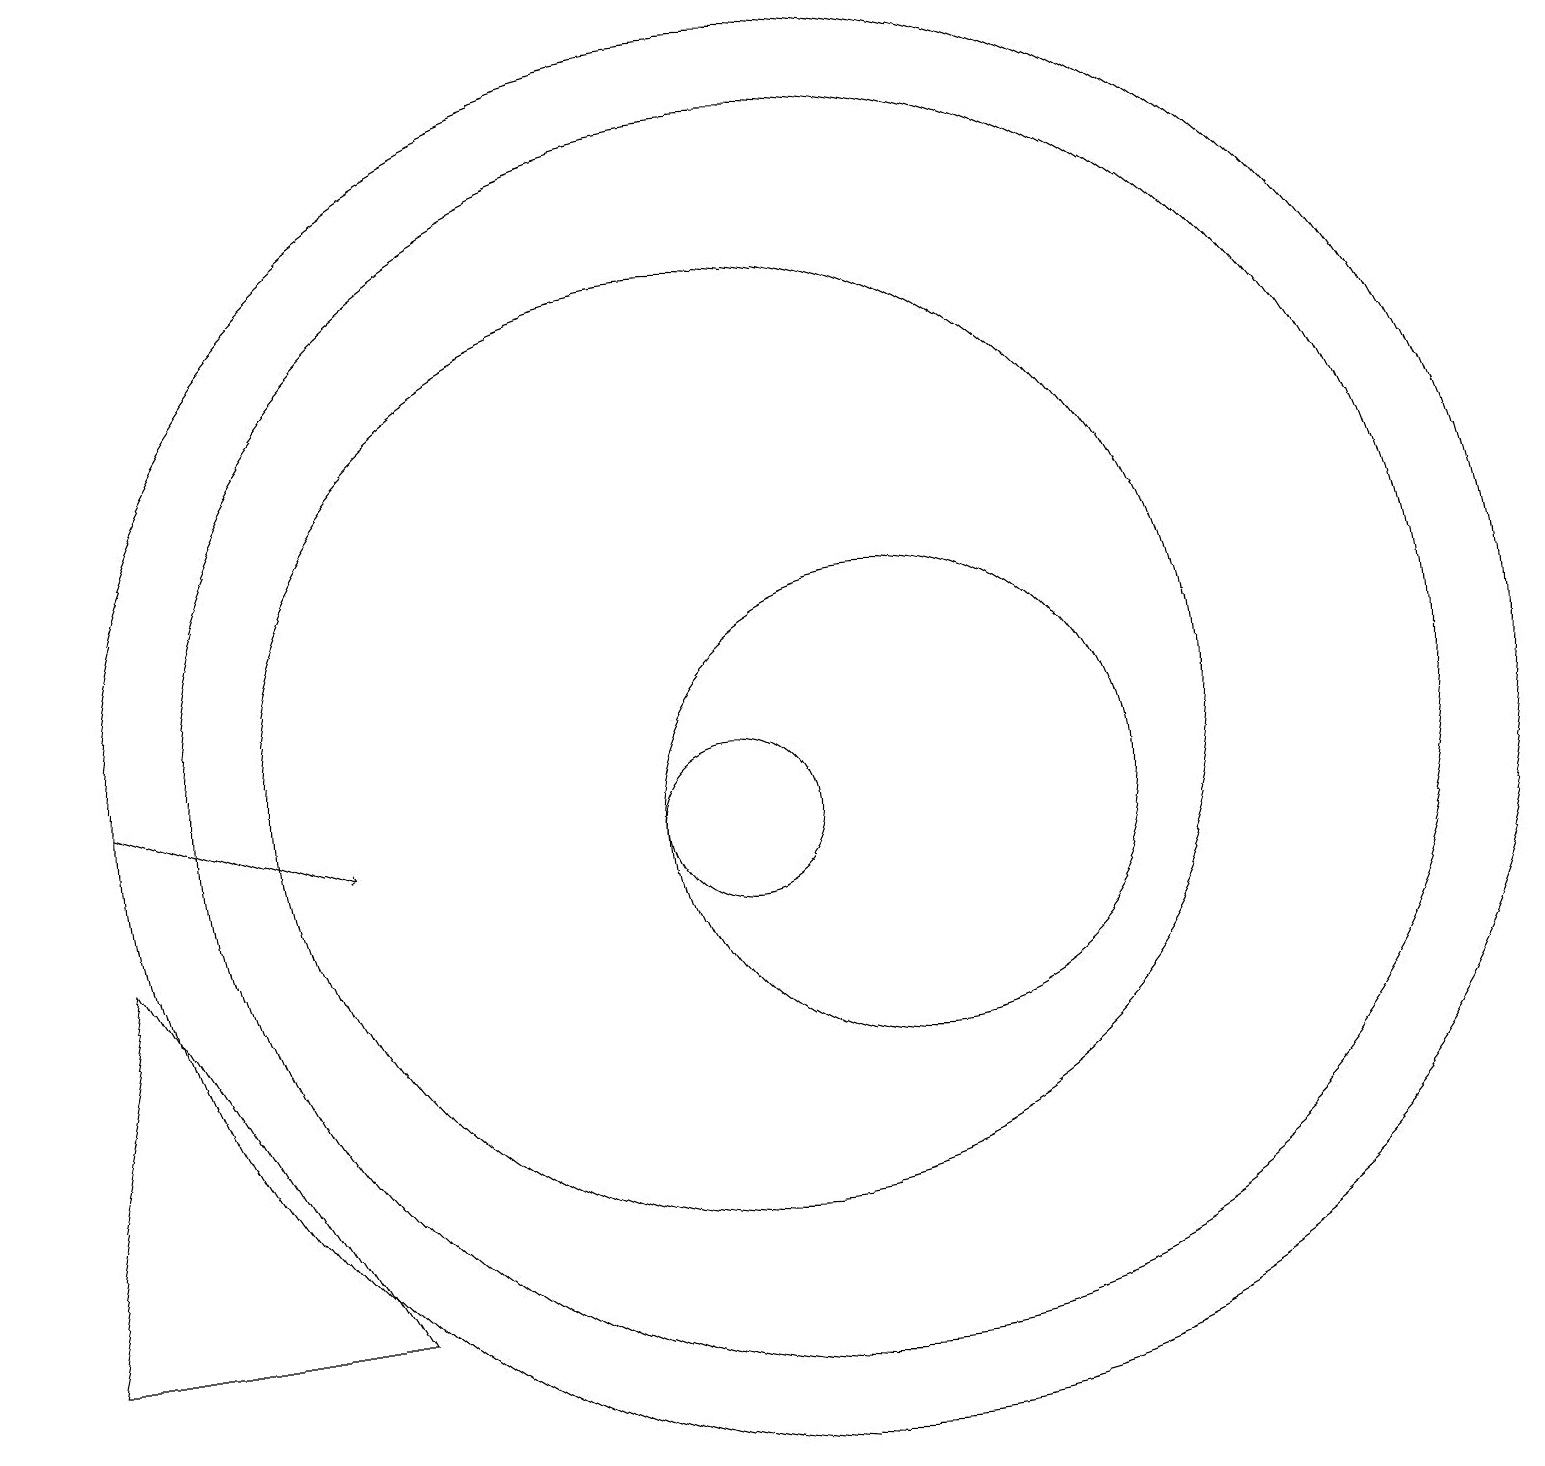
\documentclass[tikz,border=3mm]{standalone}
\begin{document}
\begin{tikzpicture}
\draw (1,4) -- (5,4) -- (2,9) -- cycle;
\draw (10,11) circle (6);
\draw (10,10) circle (1);
\draw (11,11) circle (8);
\draw[->] (2,11) -- (5,10);
\draw (12,10) circle (3);
\draw (11,11) circle (9);
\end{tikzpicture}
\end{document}